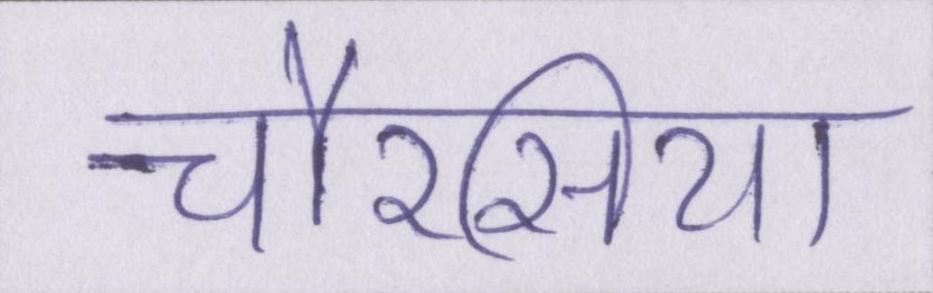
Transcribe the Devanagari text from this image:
चौरसिया